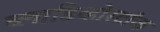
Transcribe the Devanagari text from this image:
व्लाडिव्होस्टॉक